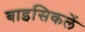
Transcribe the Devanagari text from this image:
बाइसिकलें